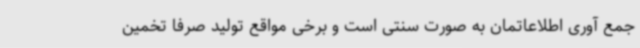
جمع آوری اطلاعاتمان به صورت سنتی است و برخی مواقع تولید صرفا تخمین